Vaccination in Bombay 1863-1868 - 1863-1868
Year: 1863
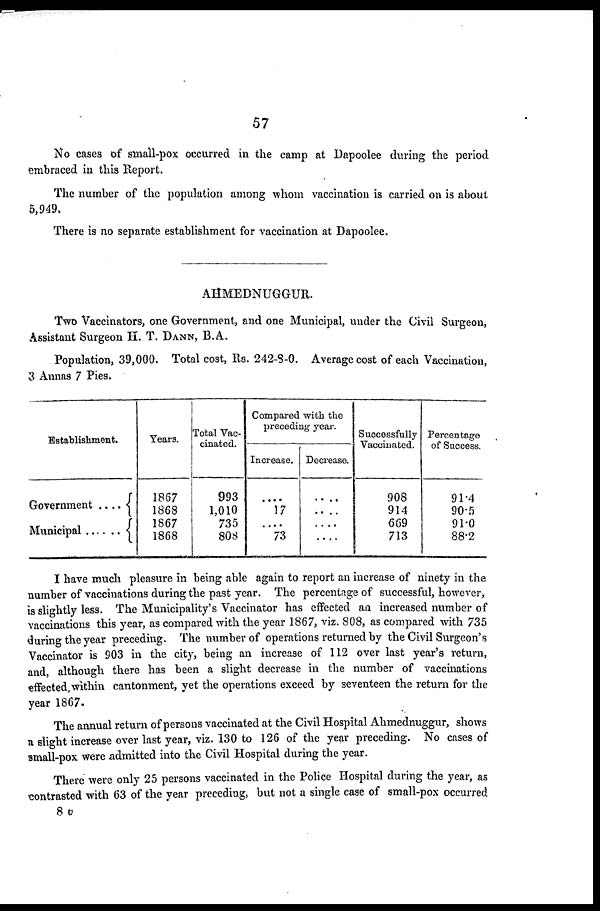
57
No cases of small-pox occurred in the camp at Dapoolee during the period
embraced in this Report.
The number of the population among whom vaccination is carried on is about
5,949.
There is no separate establishment for vaccination at Dapoolee.
AHMEDNUGGUR.
Two Vaccinators, one Government, and one Municipal, under the Civil Surgeon,
Assistant Surgeon H. T. DANN, B.A.
Population, 39,000. Total cost, Rs. 242-8-0. Average cost of each Vaccination,
3 Annas 7 Pies.
Establishment.
Government ....
Municipal ......
Years.
1867
1868
1867
1868
Total Vac-
cinated.
993
1,010
735
808
Compared with the
preceding year.
Increase.
....
17
....
73
Decrease.
....
....
....
....
Successfully
Vaccinated.
908
914
669
713
Percentage
of Success.
91.4
90.5
91.0
88.2
I have much pleasure in being able again to report an increase of ninety in the
number of vaccinations during the past year. The percentage of successful, however,
is slightly less. The Municipality's Vaccinator has effected an increased number of
vaccinations this year, as compared with the year 1867, viz. 808, as compared with 735
during the year preceding. The number of operations returned by the Civil Surgeon's
Vaccinator is 903 in the city, being an increase of 112 over last year's return,
and, although there has been a slight decrease in the number of vaccinations
effected,within cantonment, yet the operations exceed by seventeen the return for the
year 1867.
The annual return of persons vaccinated at the Civil Hospital Ahmednuggur, shows
a slight increase over last year, viz. 130 to 126 of the year preceding. No cases of
small-pox were admitted into the Civil Hospital during the year.
There were only 25 persons vaccinated in the Police Hospital during the year, as
contrasted with 63 of the year preceding, but not a single case of small-pox occurred
8 v